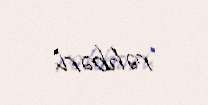
rəhbəri.